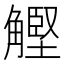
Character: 𧤵